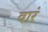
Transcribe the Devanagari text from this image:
वारं